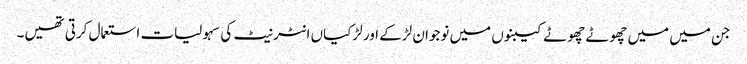
جن میں میں چھوٹے چھوٹے کیبنوں میں نوجوان لڑکے اور لڑکیاں انٹر نیٹ کی سہولیات استعمال کرتی تھیں۔